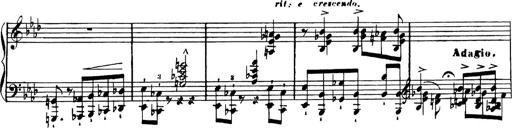
Title: RÃ©miniscences de Lucrezia Borgia
Composer: Franz Liszt